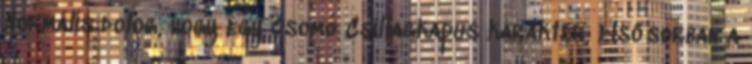
Normális dolog, hogy egy csomó Csillagkapus karakter, elsősorban a